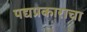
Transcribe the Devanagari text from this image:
पद्यप्रकाराचा